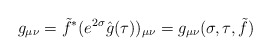
\begin{align*}g_{\mu\nu}= \tilde f^*(e^{2\sigma}\hat g(\tau))_{\mu\nu}= g_{\mu\nu}(\sigma,\tau,\tilde{f})\end{align*}